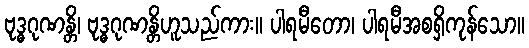
ဗုဒ္ဓဂုဏန္တိ၊ ဗုဒ္ဓဂုဏန္တိဟူသည်ကား။ ပါရမီတော၊ ပါရမီအစရှိကုန်သော။